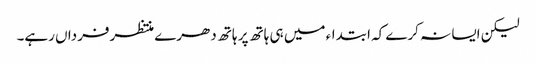
لیکن ایسا نہ کرے کہ ابتداء میں ہی ہاتھ پر ہاتھ دھرے منتظرفرداں رہے۔